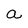
Character: a